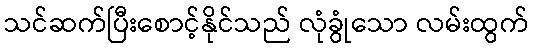
သင်ဆက်ပြီးစောင့်နိုင်သည် လုံခွုံသော လမ်းထွက်